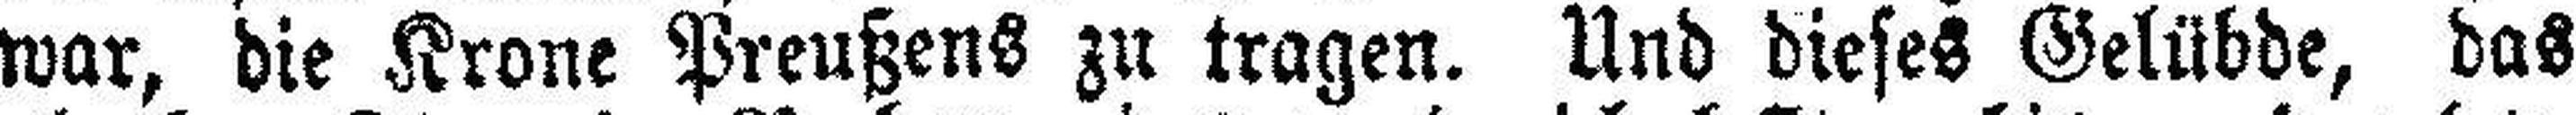
war, die Krone Preußens zu tragen. Und dieses Gelübde, das